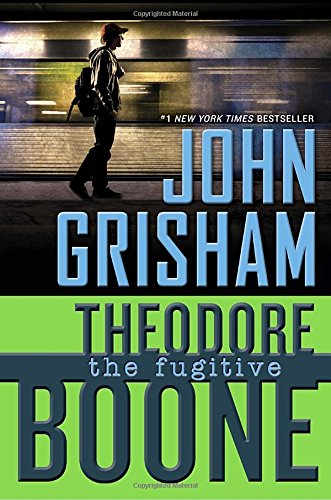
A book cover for Theodore Boone: the Fugitive; John Grisham; Children's Books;